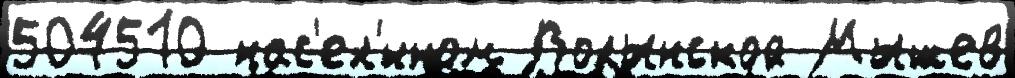
504510 нас'ел'́нном Волынской Мышев